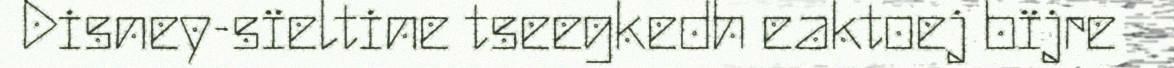
Disney-sïeltine tseegkedh eaktoej bïjre